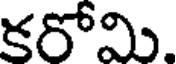
కరోమి.